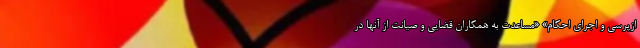
ازپرسی و اجرای احکام» «مساعدت به همکاران قضایی و صیانت از آنها در